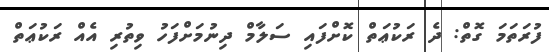
ފުރަތަމަ ގޮތް: ދެ ރަކުޢަތް ކޮށްފައި ސަލާމް ދިނުމަށްފަހު ވިތުރި އެއް ރަކުޢަތް